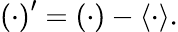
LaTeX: \left(\cdot\right)^{\prime}=\left(\cdot\right)-\langle\cdot\rangle.